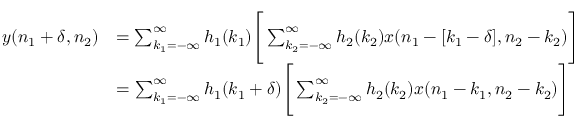
{ \begin{array} { r l } { y ( n _ { 1 } + \delta , n _ { 2 } ) } & { = \sum _ { k _ { 1 } = - \infty } ^ { \infty } h _ { 1 } ( k _ { 1 } ) { \Bigg [ } \sum _ { k _ { 2 } = - \infty } ^ { \infty } h _ { 2 } ( k _ { 2 } ) x ( n _ { 1 } - [ k _ { 1 } - \delta ] , n _ { 2 } - k _ { 2 } ) { \Bigg ] } } \\ & { = \sum _ { k _ { 1 } = - \infty } ^ { \infty } h _ { 1 } ( k _ { 1 } + \delta ) { \Bigg [ } \sum _ { k _ { 2 } = - \infty } ^ { \infty } h _ { 2 } ( k _ { 2 } ) x ( n _ { 1 } - k _ { 1 } , n _ { 2 } - k _ { 2 } ) { \Bigg ] } } \end{array} }